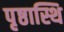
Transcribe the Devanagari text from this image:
पृष्ठास्थि